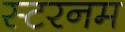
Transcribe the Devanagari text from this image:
स्टरनम